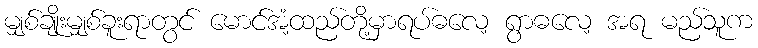
မျှစ်ချိုးမျှစ်ခူးရာတွင် မောင်အံ့ထည်တို့မှာရပ်ဓလေ့ ရွာဓလေ့ အရ မည်သူက